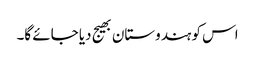
اس کو ہندوستان بھیج دیا جائے گا۔